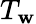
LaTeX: T_{\mathbf{w}}